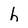
Character: h